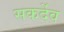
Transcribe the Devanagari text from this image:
सकर्देव